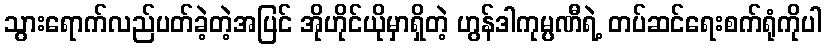
သွားရောက်လည်ပတ်ခဲ့တဲ့အပြင် အိုဟိုင်ယိုမှာရှိတဲ့ ဟွန်ဒါကုမ္ပဏီရဲ့ တပ်ဆင်ရေးစက်ရုံကိုပါ